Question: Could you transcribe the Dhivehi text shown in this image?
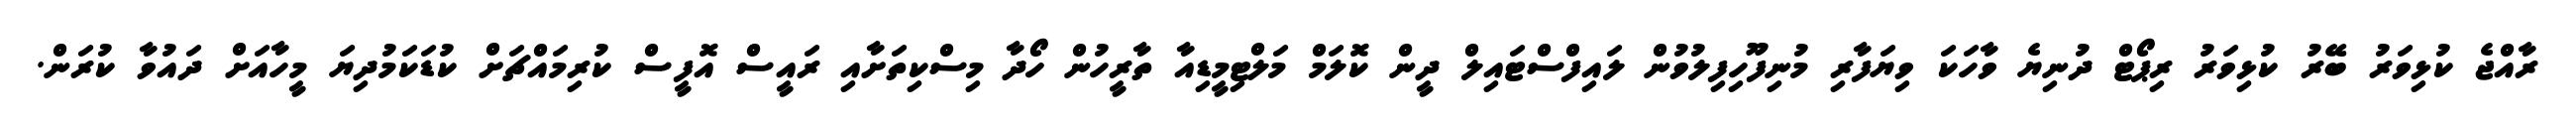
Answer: ރާއްޖެ ކުޅިވަރު ބޭރު ކުޅިވަރު ރިޕޯޓް ދުނިޔެ ވާހަކަ ވިޔަފާރި މުނިފޫހިފިލުވުން ލައިފްސްޓައިލް ދީން ކޮލަމް މަލްޓިމީޑިއާ ތާރީހުން ހޯދާ މިސްކިތަށާއި ރައީސް އޮފީސް ކުރިމައްޗަށް ކުޑަކަމުދިޔަ މީހާއަށް ދައުވާ ކުރަން.